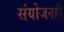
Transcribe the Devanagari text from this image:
संयोजनही